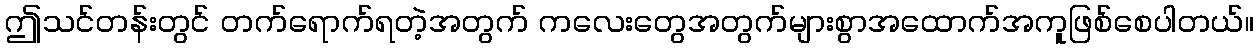
ဤသင်တန်းတွင် တက်ရောက်ရတဲ့အတွက် ကလေးတွေအတွက်များစွာအထောက်အကူဖြစ်စေပါတယ်။